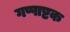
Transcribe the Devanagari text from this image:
गप्पाष्टक